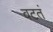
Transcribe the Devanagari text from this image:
वटतं